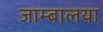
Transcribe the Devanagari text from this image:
जाम्बालया